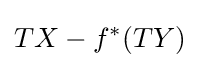
TX-f^{*}(TY)